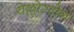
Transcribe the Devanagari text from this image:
येल्लोस्टोन